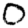
Digit: 0